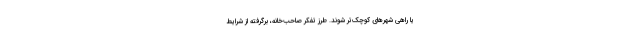
یا راهی شهرهای کوچک‌تر شوند. طرز تفکر صاحب‌خانه، برگرفته از شرایط